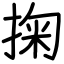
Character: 掬